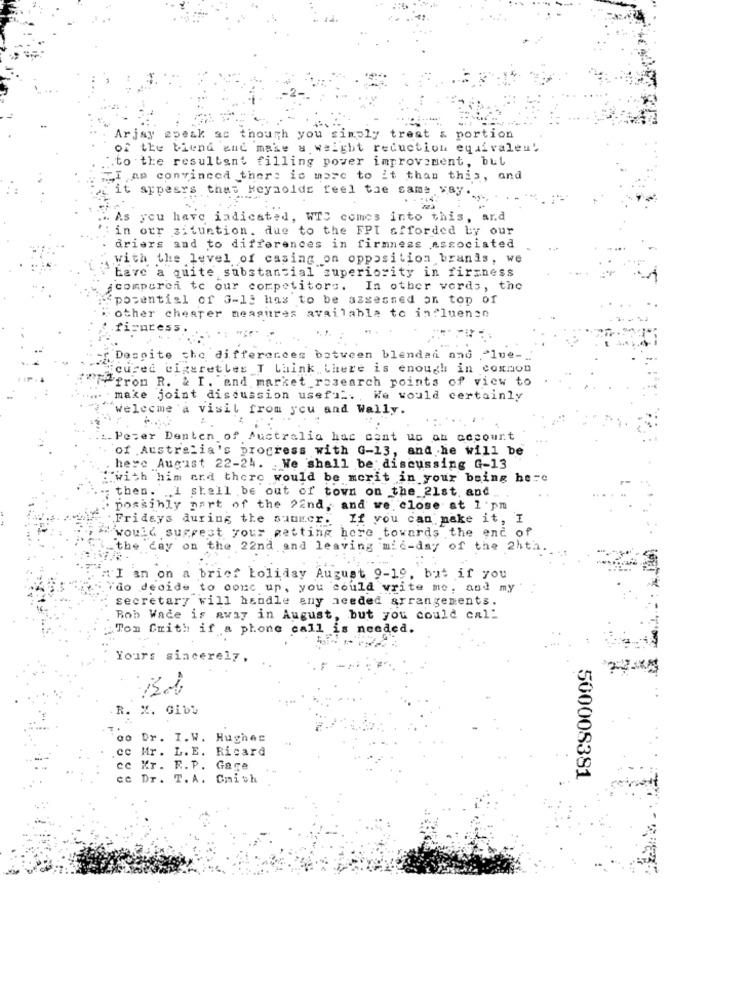
Arjay spesk as though you simply trest & portion
of the biend and make & weight reduction equivalen'
to the resultant filling power improvement, but
,I am convinced there is more to it than this, and
it appears that Reynolds feel the same way.
As you have indicated, WTS comes into this, and
in our situation. due to the FPI afforded by our
driers and to differences in firmness associated
with the level of casing on opposition brands, we
have a quite substancial superiority in firmness
icomporci to our competitors.
In other verds, the
potential of 3-13 has to be assessed on top of
other cheaper measures available to influenen
ficpress ..
Despite the differences between blendad and "lue-
cured cigarettes T Laink,there is enough in coxnon
PF from R. & I. end market research points of view to
make joint discussion useful. , We would certainly
Welcome a visit from you and Wally.
Peter Denten of Australia has cant us an cecourt
of Australia's progress with G-13, and he will be
here August 22-24. We shall be discussing G-13
.. with him erd there would be mcrit in your being here
then. . I shall be out of town on the 21st, and
possibly part of the 22nd, and we close at 1 pm
Fridays during the summer. If you can make it,
would suggest your getting here towards the end of
the day on the 22nd and leaving mic-day of the 24th
"I an on a brief holiday August 9-19, but if you
"do decide to conc up, you could write me, and my'
secretary will handle any needed arrangements.
Bob Wade is away in August, but you could cal-
Ton frith if a phone call is needed.
Yours sincerely,
R.
%. Gibt
ao Dr. I.W. Hughes
ce Mr. L. E. Ricard
cc Kr. R.P. Gare
Dr. T. A. Cmish
500008381